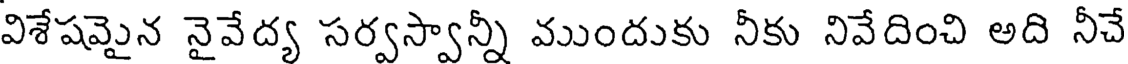
విశేషమైన నైవేద్య సర్వస్వాన్నీ ముందుకు నీకు నివేదించి అది నీచే